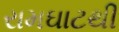
રામઘાટથી